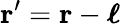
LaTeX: \mathbf{r^{\prime}}=\mathbf{r}-{\boldsymbol{\ell}}